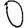
Digit: 0